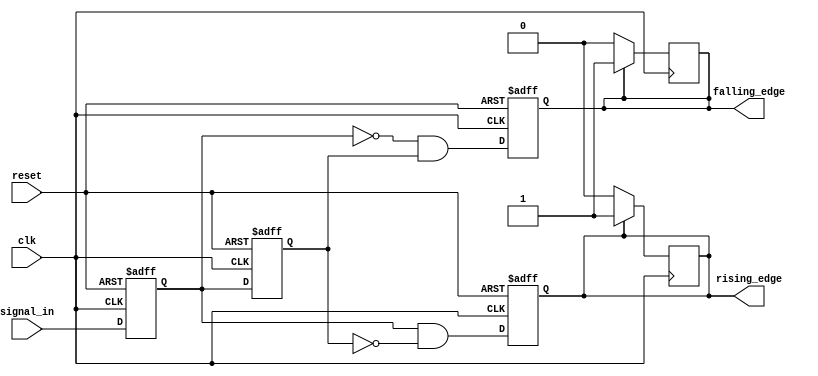
module glitch_free_edge_detector (
    input wire clk,               // Clock signal
    input wire reset,             // Reset signal
    input wire signal_in,         // Input signal to be monitored
    output reg rising_edge,       // Output signal for rising edge detection
    output reg falling_edge       // Output signal for falling edge detection
);

    reg current_state;            // Current state of the input signal
    reg previous_state;           // Previous state of the input signal

    // Asynchronous reset and state update on clock edge
    always @(posedge clk or posedge reset) begin
        if (reset) begin
            current_state <= 1'b0; // Initialize current state to low
            previous_state <= 1'b0; // Initialize previous state to low
            rising_edge <= 1'b0;    // Initialize rising edge signal to low
            falling_edge <= 1'b0;   // Initialize falling edge signal to low
        end else begin
            // Update previous state to current state
            previous_state <= current_state;
            // Update current state to the input signal
            current_state <= signal_in;

            // Edge detection logic
            rising_edge <= (current_state && !previous_state); // Rising edge detected
            falling_edge <= (!current_state && previous_state); // Falling edge detected
        end
    end

    // Reset edge signals after one clock cycle
    always @(posedge clk) begin
        if (rising_edge) begin
            rising_edge <= 1'b1; // Assert rising edge for one clock cycle
        end else begin
            rising_edge <= 1'b0; // Reset rising edge signal
        end

        if (falling_edge) begin
            falling_edge <= 1'b1; // Assert falling edge for one clock cycle
        end else begin
            falling_edge <= 1'b0; // Reset falling edge signal
        end
    end

endmodule